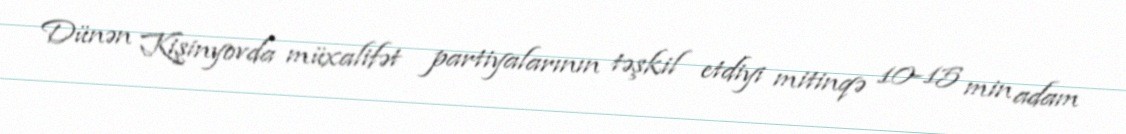
Dünən Kişinyovda müxalifət partiyalarının təşkil etdiyi mitinqə 10-15 min adam